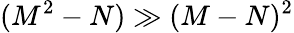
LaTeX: (M^{2}-N)\gg(M-N)^{2}